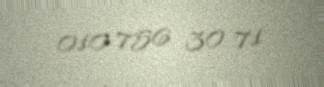
010 756 30 71